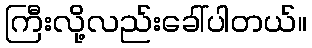
ကြီးလို့လည်းခေါ်ပါတယ်။